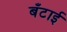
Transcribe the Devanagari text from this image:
बँटाई